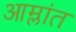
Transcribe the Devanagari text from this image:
आम्लांत